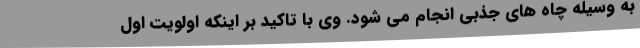
به وسیله چاه های جذبی انجام می شود. وی با تاکید بر اینکه اولویت اول